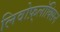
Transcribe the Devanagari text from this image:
लिवोफ़्लॉक्सिन